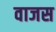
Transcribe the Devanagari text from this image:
वाजस